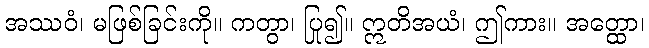
အဿဝံ၊ မဖြစ်ခြင်းကို။ ကတွာ၊ ပြု၍။ ဣတိအယံ၊ ဤကား။ အတ္ထော၊